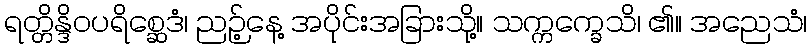
ရတ္တိန္ဒိဝပရိစ္ဆေဒံ၊ ညဉ့်နေ့ အပိုင်းအခြားသို့။ သက္ကက္ခေသိ၊ ၏။ အညေသံ၊